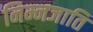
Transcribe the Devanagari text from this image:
निम्नजाति